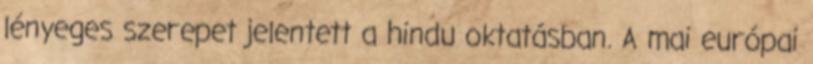
lényeges szerepet jelentett a hindu oktatásban. A mai európai